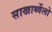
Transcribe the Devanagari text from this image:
साखार्थ्वेलो